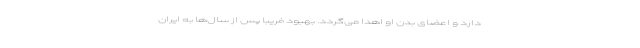
دارد و اعضای بدن او اهدا می‌گردد. بهبود فریبا پس از سال‌ها به ایران